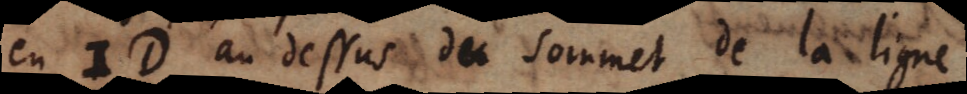
en ID au dessus du sommet de la ligne